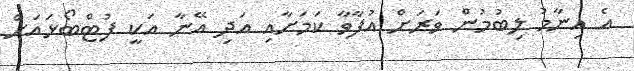
އެ އިނާމު ލިބުމުން ވަރަށް އުފާވާ ކަމަށާއި އަދި އޭނާ އަކީ ފުޓްބޯޅައަށް